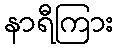
နာရီကြား